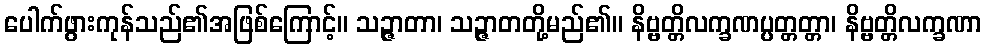
ပေါက်ဖွားကုန်သည်၏အဖြစ်ကြောင့်။ သဉ္ဇာတာ၊ သဉ္ဇာတတို့မည်၏။ နိဗ္ဗတ္တိလက္ခဏပ္ပတ္တတ္တာ၊ နိဗ္ဗတ္တိလက္ခဏာ